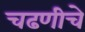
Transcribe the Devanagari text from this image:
चढणीचे